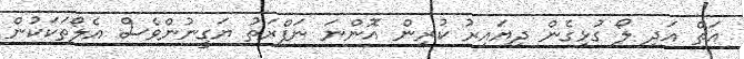
އަތް އަދި ލޯ ގުޅިގެން ދިޔައިރު ކުރިން އޮންނަ ނަފްރަތު ޔަގީނުންވެސް އެލޯތަކަކުން